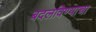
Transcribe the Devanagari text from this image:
बदलविण्याचा